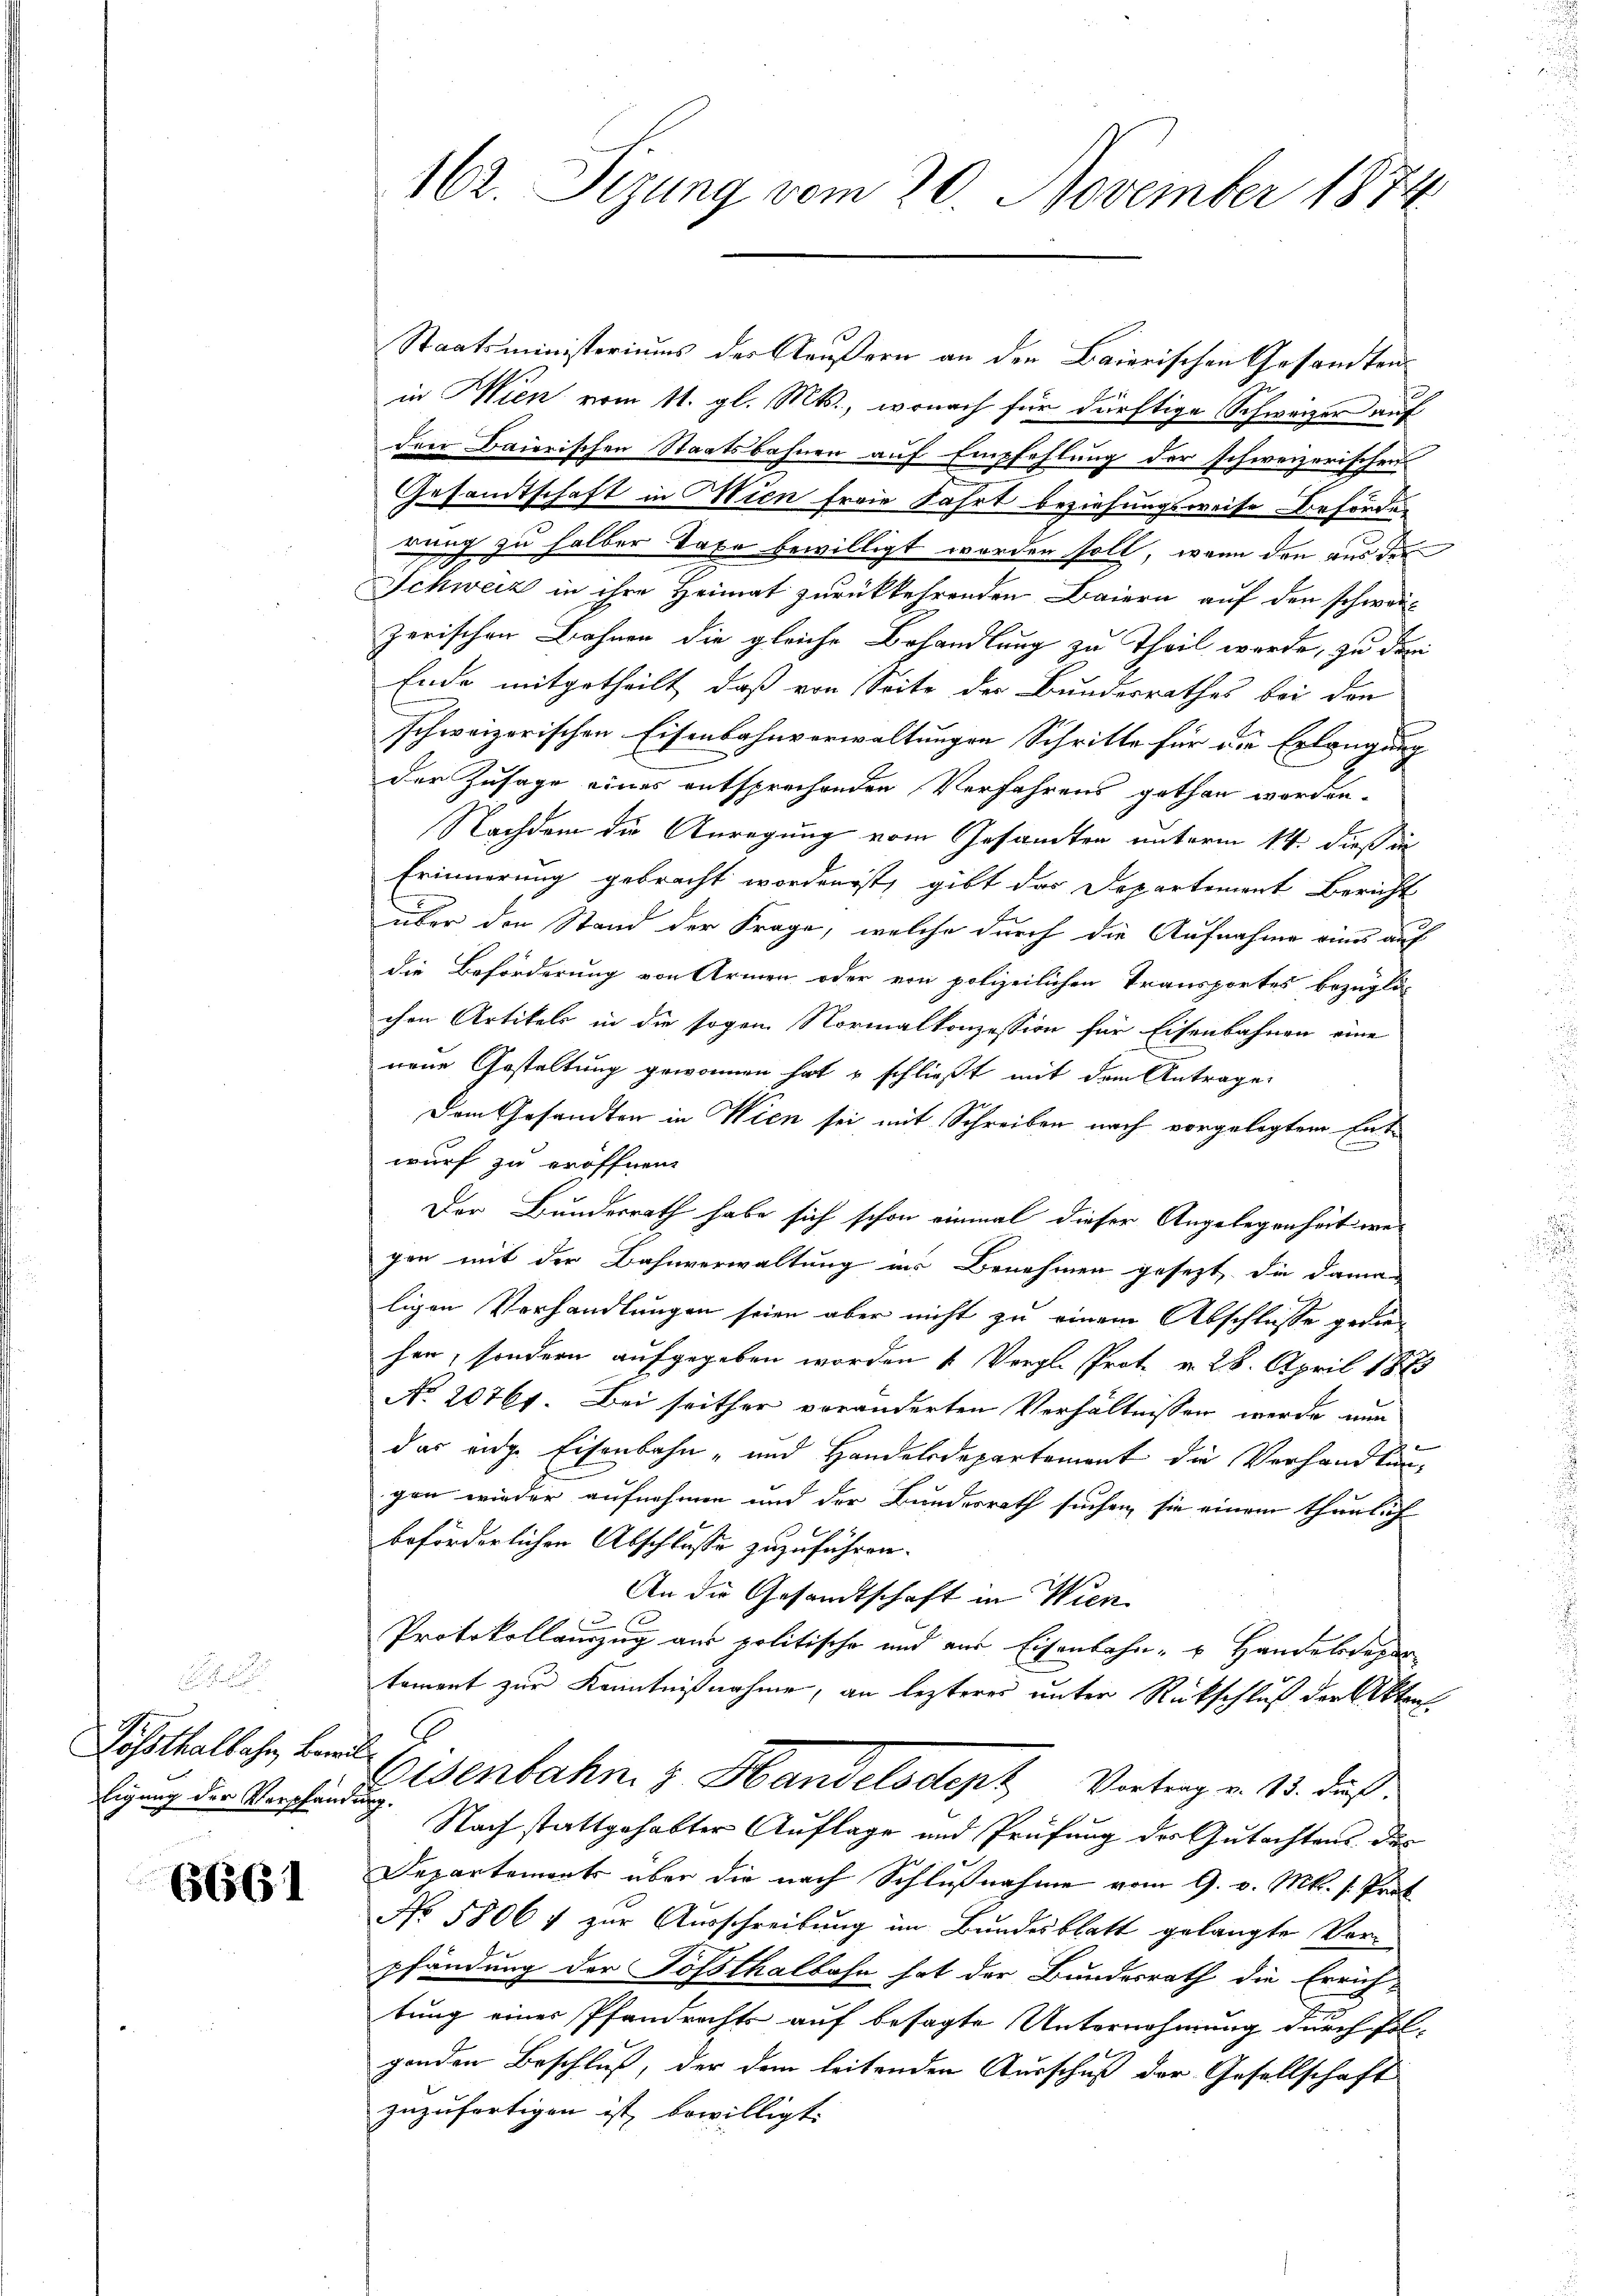
Posthalbahn bewil¬

6661

162. Sizung vom 20. November 1874

Staatsministeriums der Aeußern an den Baierischen Gesandten
in Wien vom 11. gl. Mts., wonach für dürftige Schweizer auf
drer Baierischen Staatsbahnen auf Empfehlung der schweizerischen
Gesandtschaft in Wien freie Fahrt beziehungsweise Beförden
dung zu halber Taxe bewilligt worden soll, wenn den aus der
Schweiz in ihre Heimat zurückkehrenden Baiern auf den schwei
zerischen Bahnen die gleiche Behandlung zu Theil werde, zu der
Ende mitgetheilt, daß von Seite der Bundesrathes bei den
schweizerischen Eisenbahnverwaltungen Schritte für die Erlangung
der Zusage eines entsprechenden Verfahrens gethan worden.
Nachdem die Anregung vom Gesandten unterm 14. dieß in
Erinnerung gebracht worden ist, gibt das Departement Bericht
über den Stand der Frage, welche durch die Aufnahme eines auf
die Beförderung von Armen oder von polizeilichen Transportes bezügli
chen Artikels in die sogen Normalkonzession für Eisenbahnen eine
neue Gestaltung gewonnen hat u schließt mit dem Antrage
Dem Gesandten in Wien sei, mit Schreiben nach vorgelegtem Entwurf zu eröffnen.
Der Bundesrath habe sich schon einmal dieser Angelegenheit wegen mit der Bahnverwaltung ins Benehmen gesezt, die daman
ligen Verhandlungen seien aber nicht zu einem Abschlüsse gediehen, sondern aufgegeben worden & Vergl. Prot. v. 28. April 1883
No. 20761. Bei seither veränderten Verhältnissen werde nun
das eidge Eisenbahn- und Handelsdepartement die Verhandlung
gen wieder aufnehmen und der Bundesrath suchen, sie einem thunlich
beförderlichen Abschlusse zuzuführen.
An die Gesandtschaft in Wien
Protokollauszug aus politische und aus Eisenbahn- u Handelsrepar
tament zur Kenntnißnahme, an lezteres unter Rückschluß der Akten
ligung der Vorfinde Jenbahn & Handelsdept Vortrag v. 13. daß.
Nach stattgehabter Auflage und Prüfung der Gutachtens des
Departaments über die nach Schlußnahme vom 9. v. Mts. s. Prot
No 5806 f zur Ausschreibung im Bundesblatt gelangte Vorpfändung der Tößthalbahn hat der Bundesrath die Errich-
tung eines Pfandrechts auf besagte Unternehmung durch fol-
genden Beschluß, der dem leitenden Ausschuß der Gesellschaft
zuzufertigen ist, bewilligt: